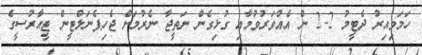
ހަމަވިއިރު ދެޓީމު 2-2 ން އެއްވަރުވުމާއި ގުޅިގެން ނަތީޖާ ނެރުމަށް ޖެހިޕެނަލްޓީން ޓީއާރުސީގެ